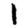
Digit: 1